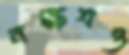
নক্ষত্রও